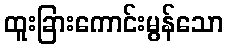
ထူးခြားကောင်းမွန်သော